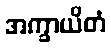
အက္ခာယိတံ